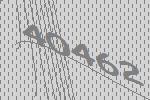
40462